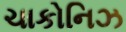
ચાકોનિઝ